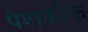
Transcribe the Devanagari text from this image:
पेशकोफ